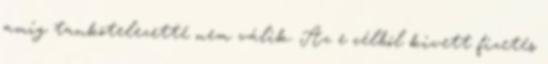
amíg tankötelezetté nem válik. Az e célból kivett fizetés